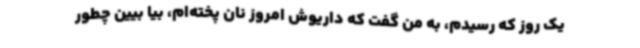
یک روز که رسیدم، به من گفت که داریوش امروز نان پخته‌ام، بیا بیین چطور